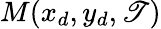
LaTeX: M(x_{d},y_{d},\mathscr{T})